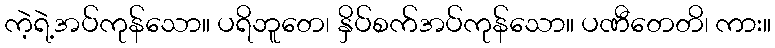
ကဲ့ရဲ့အပ်ကုန်သော။ ပရိဘူတေ၊ နှိပ်စက်အပ်ကုန်သော။ ပဏီတေတိ၊ ကား။